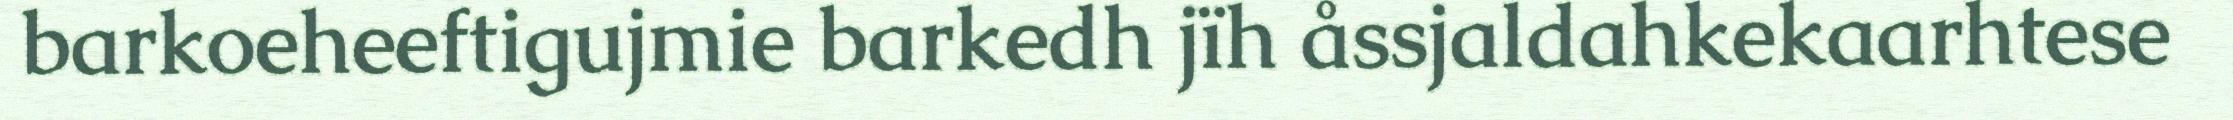
barkoeheeftigujmie barkedh jïh åssjaldahkekaarhtese